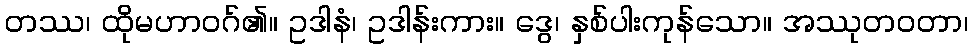
တဿ၊ ထိုမဟာဝဂ်၏။ ဥဒါနံ၊ ဥဒါန်းကား။ ဒွေ၊ နှစ်ပါးကုန်သော။ အဿုတဝတာ၊